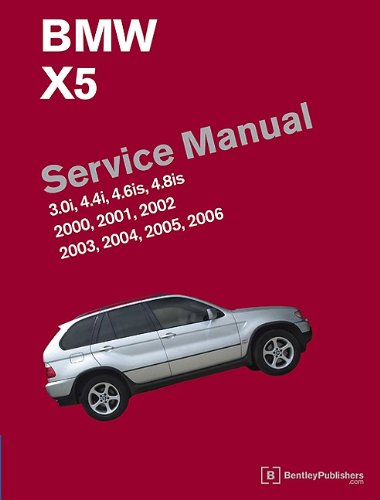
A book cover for BMW X5 (E53) Service Manual: 2000, 2001, 2002, 2003, 2004, 2005, 2006; Bentley Publishers; Engineering & Transportation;